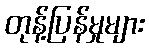
တုန့်ပြန်မှုများ